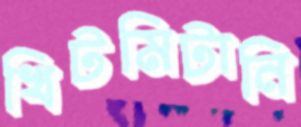
খিটমিটানি